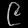
Digit: ၉